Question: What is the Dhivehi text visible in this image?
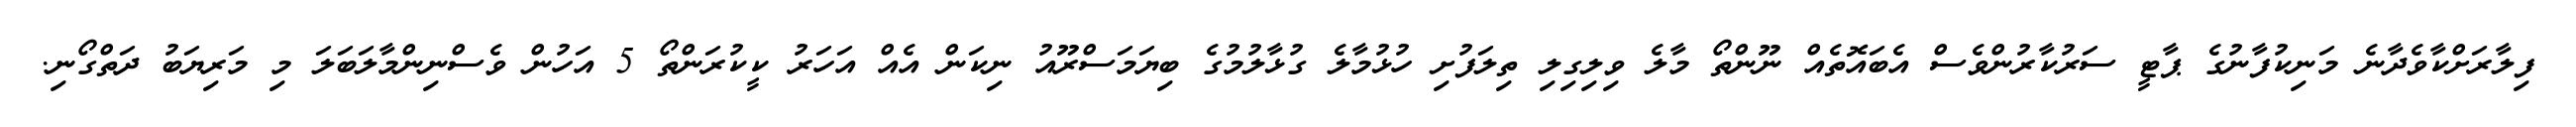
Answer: ފިލާރަށްކާވެދާނެ މަނިކުފާނުގެ ޕާޓީ ސަރުކާރުންވެސް އެބައޮތެއް ނޫންތޯ މާލެ ވިލިގިލި ތިލަފުށި ހުޅުމާލެ ގުޅާލުމުގެ ބިޔަމަސްރޫއު ނިކަން އެއް އަހަރު ކީކުރަންތޯ 5 އަހުން ވެސްނިންމާލަބަލަ މި މަރިޔަބު ދަތްގޯނި.